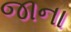
જાના